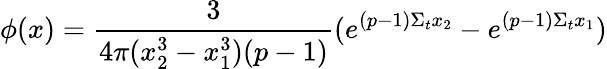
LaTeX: \phi(x)=\frac{3}{4\pi(x_{2}^{3}-x_{1}^{3})(p-1)}(e^{(p-1)\Sigma_{t}x_{2}}-e^{(p-1)\Sigma_{t}x_{1}})